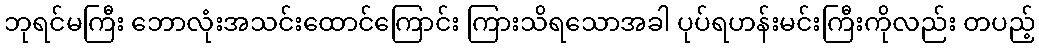
ဘုရင်မကြီး ဘောလုံးအသင်းထောင်ကြောင်း ကြားသိရသောအခါ ပုပ်ရဟန်းမင်းကြီးကိုလည်း တပည့်